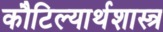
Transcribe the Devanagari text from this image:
कौटिल्यार्थशास्त्र